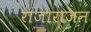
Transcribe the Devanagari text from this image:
राजाराजन